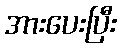
အားပေးပြီး